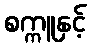
စက္ကူနှင့်